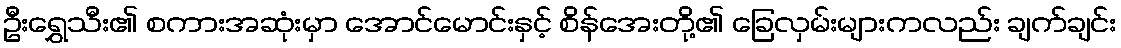
ဦးရွှေသီး၏ စကားအဆုံးမှာ အောင်မောင်းနှင့် စိန်အေးတို့၏ ခြေလှမ်းများကလည်း ချက်ချင်း